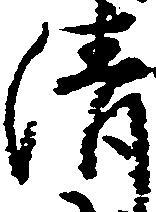
清